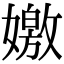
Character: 嬓